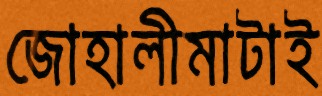
জোহালীমাটাই